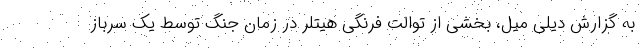
به گزارش دیلی میل، بخشی از توالت فرنگی هیتلر در زمان جنگ توسط یک سرباز